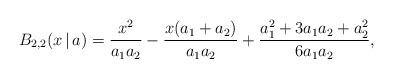
LaTeX: \begin{align*}B_{2,2}(x\,|\,a) =\frac{x^2}{a_1a_2}-\frac{x(a_1+a_2)}{a_1a_2}+\frac{a_1^2+3a_1a_2+a_2^2}{6a_1a_2},\end{align*}